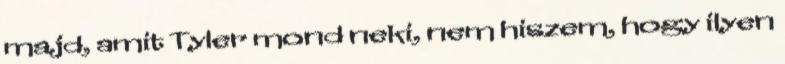
majd, amit Tyler mond neki, nem hiszem, hogy ilyen